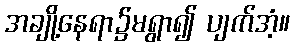
အချို့နေရာ၌မရွာ၍ ပျက်အံ့။